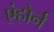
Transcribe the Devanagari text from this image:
एंहोर्न